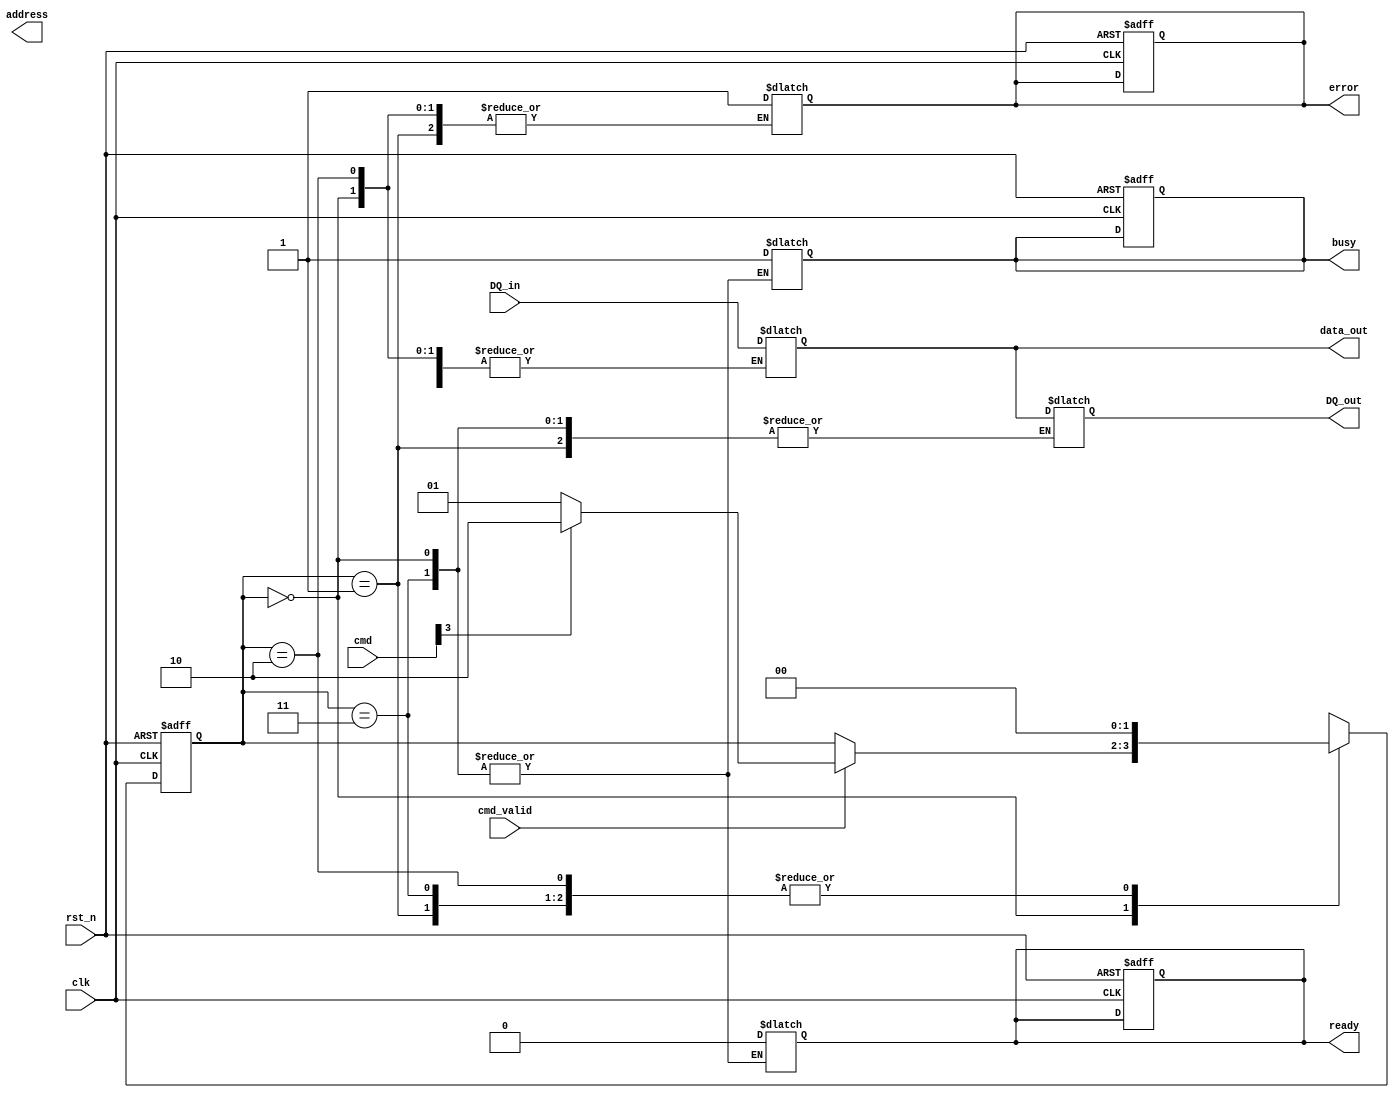
module FlexNAND_IO_Block #(
    parameter NUM_DQ = 8,         // Number of data lines
    parameter ADDR_WIDTH = 16,    // Address width
    parameter CMD_WIDTH = 4       // Command width
) (
    input wire clk,               // Main clock
    input wire rst_n,             // Active low reset
    input wire [NUM_DQ-1:0] DQ_in, // Data input
    output wire [NUM_DQ-1:0] DQ_out, // Data output
    input wire cmd_valid,         // Command valid signal
    input wire [CMD_WIDTH-1:0] cmd, // Command input
    output reg busy,              // Busy status
    output reg error,             // Error status
    output reg [NUM_DQ-1:0] data_out, // Output data
    output reg [ADDR_WIDTH-1:0] address, // Address output
    output reg ready              // Ready status
);

// Internal signals
reg [1:0] state, next_state;
reg [NUM_DQ-1:0] DQ_buffer;
reg [ADDR_WIDTH-1:0] addr_buffer;

// State definitions
localparam IDLE = 2'b00, READ = 2'b01, WRITE = 2'b10, ERROR = 2'b11;

// Signal Conditioning
reg [NUM_DQ-1:0] DQ_buf;
assign DQ_out = DQ_buf; // Output buffered data

// State Machine
always @(posedge clk or negedge rst_n) begin
    if (!rst_n) begin
        state <= IDLE;
        busy <= 0;
        error <= 0;
        ready <= 1;
    end else begin
        state <= next_state;
    end
end

always @(*) begin
    next_state = state;
    case (state)
        IDLE: begin
            if (cmd_valid) begin
                if (cmd[CMD_WIDTH-1] == 1'b0) // Read command
                    next_state = READ;
                else // Write command
                    next_state = WRITE;
            end
        end
        READ: begin
            busy = 1;
            ready = 0;
            // Simulate read operation
            data_out = DQ_in; // Read data from input
            next_state = IDLE; // Return to idle after operation
        end
        WRITE: begin
            busy = 1;
            ready = 0;
            // Simulate write operation
            DQ_buf = data_out; // Write data to output
            next_state = IDLE; // Return to idle after operation
        end
        ERROR: begin
            error = 1; // Indicate error
            next_state = IDLE; // Return to idle
        end
    endcase
end

// Data Handling
always @(posedge clk) begin
    if (state == READ) begin
        addr_buffer <= address; // Capture address on read
        DQ_buffer <= DQ_in; // Capture data on input
    end else if (state == WRITE) begin
        // Handle data alignment and addressing as needed
        // For simplicity, this example does not include complex alignment logic
    end
end

// Power Management (Example)
always @(posedge clk or negedge rst_n) begin
    if (!rst_n) begin
        // Reset power management signals
    end else if (busy == 0) begin
        // Enter low power mode logic if needed
    end
end

endmodule